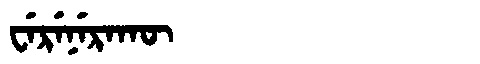
Manchu: ᠸᡝᡵᡝᠨᡝᡵᠠᡴᡡ
Romanization: WERENERAKŪ